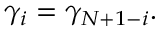
\begin{array} { r } { \gamma _ { i } = \gamma _ { N + 1 - i } . } \end{array}